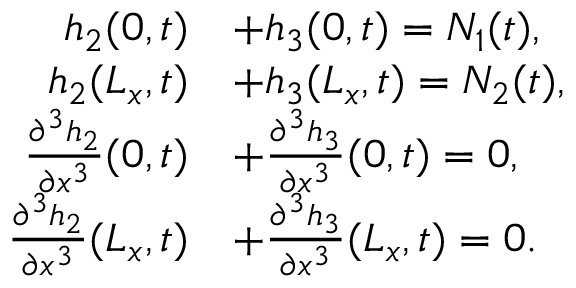
\begin{array} { r l } { h _ { 2 } ( 0 , t ) } & { + h _ { 3 } ( 0 , t ) = N _ { 1 } ( t ) , } \\ { h _ { 2 } ( L _ { x } , t ) } & { + h _ { 3 } ( L _ { x } , t ) = N _ { 2 } ( t ) , } \\ { \frac { \partial ^ { 3 } h _ { 2 } } { \partial x ^ { 3 } } ( 0 , t ) } & { + \frac { \partial ^ { 3 } h _ { 3 } } { \partial x ^ { 3 } } ( 0 , t ) = 0 , } \\ { \frac { \partial ^ { 3 } h _ { 2 } } { \partial x ^ { 3 } } ( L _ { x } , t ) } & { + \frac { \partial ^ { 3 } h _ { 3 } } { \partial x ^ { 3 } } ( L _ { x } , t ) = 0 . } \end{array}